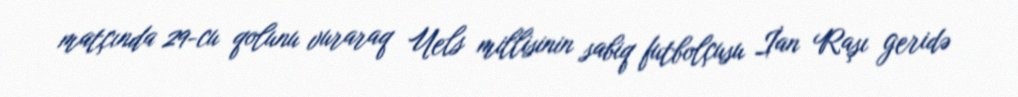
matçında 29-cu qolunu vuraraq Uels millisinin sabiq futbolçusu İan Raşı geridə